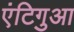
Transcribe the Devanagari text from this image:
एंटिगुआ